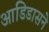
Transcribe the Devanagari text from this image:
आडिडासने